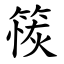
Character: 䈐